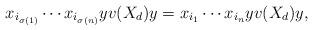
LaTeX: \begin{align*}x_{i_{\sigma(1)}}\cdots x_{i_{\sigma(n)}}yv(X_d)y=x_{i_1}\cdots x_{i_n}yv(X_d)y,\end{align*}